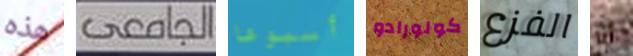
هذه الجامعى أسبوعا كولورادو الفزع أنا